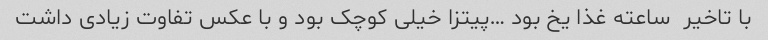
با تاخیر  ساعته غذا یخ بود …پیتزا خیلی کوچک بود و با عکس تفاوت زیادی داشت